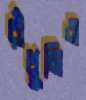
রাঁধুনিও